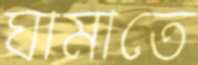
ঘামাতে